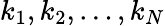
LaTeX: k_{1},k_{2},\ldots,k_{N}